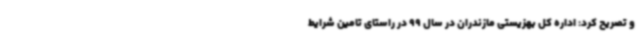
و تصریح کرد: اداره کل بهزیستی مازندران در سال 99 در راستای تامین شرایط